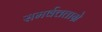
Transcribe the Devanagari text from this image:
समर्वत्तताग्रे